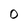
Character: 0